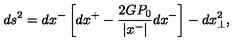
d s ^ { 2 } = d x ^ { - } \left[ d x ^ { + } - \frac { 2 G P _ { 0 } } { | x ^ { - } | } d x ^ { - } \right] - d x _ { \perp } ^ { 2 } ,